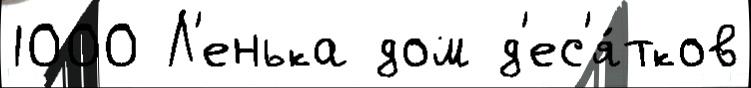
1000 Л'енька дом д'ес'я́тков